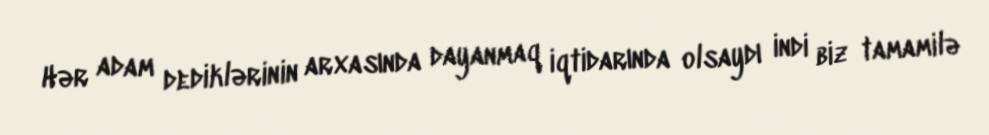
Hər adam dediklərinin arxasında dayanmaq iqtidarında olsaydı indi biz tamamilə